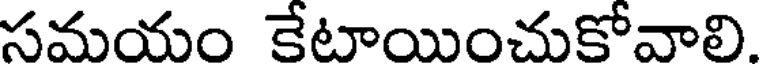
సమయం కేటాయించుకోవాలి.